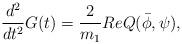
LaTeX: \begin{align*}\left.\begin{array}{ll}\displaystyle\dfrac{d^2}{dt^2}G(t)=\dfrac{2}{m_1}Re Q(\bar{\phi},\psi),\end{array}\right.\end{align*}